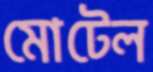
মোটেল